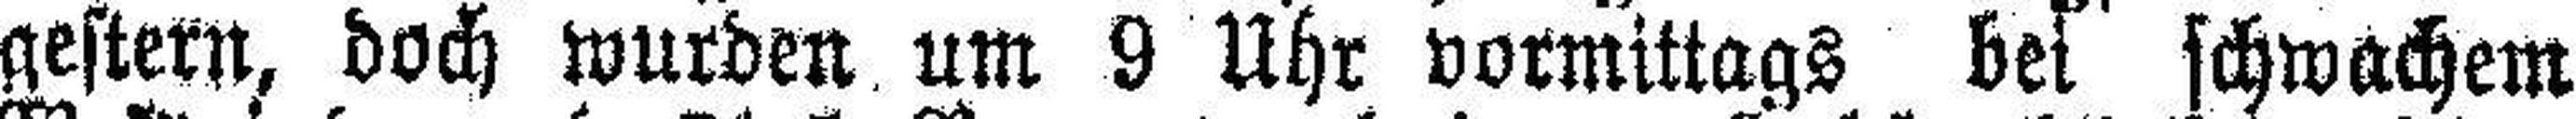
gestern, doch wurden um 9 Uhr vormittags bei schwachem